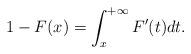
LaTeX: \begin{align*}1-F(x)=\int_{x}^{+\infty} F^{\prime}(t) dt. \end{align*}